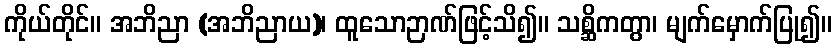
ကိုယ်တိုင်။ အဘိညာ (အဘိညာယ)၊ ထူသောဉာဏ်ဖြင့်သိ၍။ သစ္ဆိကတွာ၊ မျက်မှောက်ပြု၍။